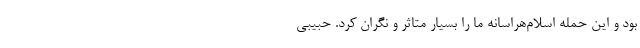
بود و این حمله اسلام‌هراسانه ما را بسیار متاثر و نگران کرد. حبیبی